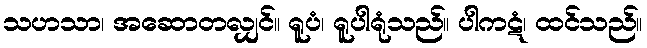
သဟသာ၊ အဆောတလျှင်။ ရူပံ၊ ရူပါရုံသည်။ ပါကဋံ၊ ထင်သည်။